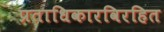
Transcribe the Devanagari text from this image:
प्रताधिकारविरहित